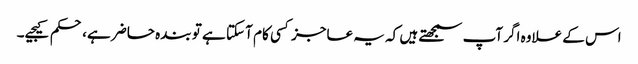
اس کے علاوہ اگر آپ سمجھتے ہیں کہ یہ عاجز کسی کام آ سکتا ہے تو بندہ حاضر ہے، حکم کیجیے۔